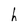
Character: h